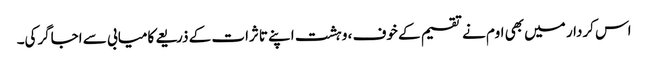
اس کردار میں بھی اوم نے تقسیم کے خوف ، وہشت اپنے تاثرات کے ذریعے کامیابی سے اجاگرکی۔